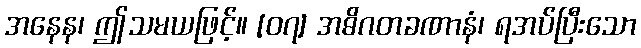
အနေန၊ ဤသမယဖြင့်။ [၀၇] အဓိဂတခဏာနံ၊ ရအပ်ပြီးသော